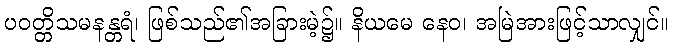
ပဝတ္တိသမနန္တရံ၊ ဖြစ်သည်၏အခြားမဲ့၌။ နိယမေ နေဝ၊ အမြဲအားဖြင့်သာလျှင်။